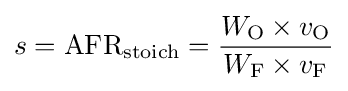
s=\mathrm {AFR} _{\mathrm {stoich} }={\frac {W_{\mathrm {O} }\times v_{\mathrm {O} }}{W_{\mathrm {F} }\times v_{\mathrm {F} }}}